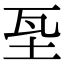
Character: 𡊝